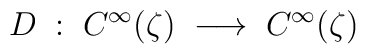
D\; :\; C^\infty(\zeta) \; \longrightarrow \; C^\infty(\zeta)